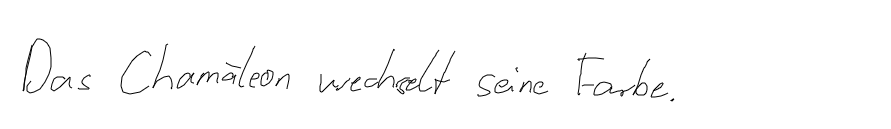
Das Chamäleon wechselt seine Farbe.